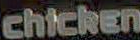
chicken